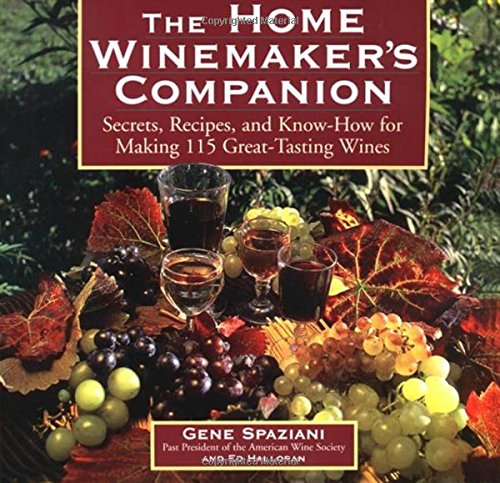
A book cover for The Home Winemaker's Companion: Secrets, Recipes, and Know-How for Making 115 Great-Tasting Wines; Ed Halloran; Cookbooks, Food & Wine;